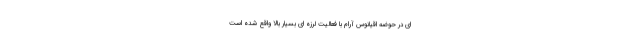
ای در حوضه اقیانوس آرام با فعالیت لرزه ای بسیار بالا واقع شده است